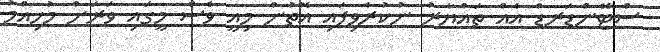
ސްޓޭންޑަރޑް އެއް ތައްޔާރު ނުކުރެވިފައި އޮތުން މިއީ ވެސް މީގައި ވަރަށް މުހިއްމު